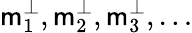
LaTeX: \mathsf{m}_{1}^{\perp},\mathsf{m}_{2}^{\perp},\mathsf{m}_{3}^{\perp},\ldots